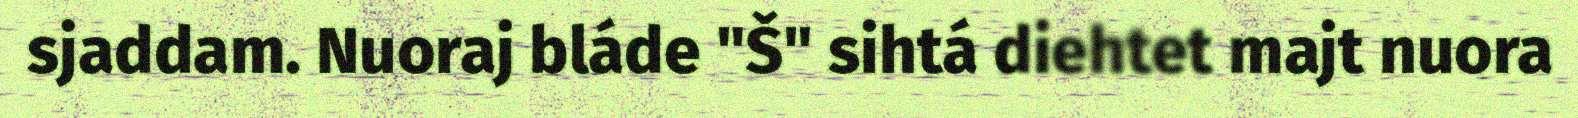
sjaddam. Nuoraj bláde "Š" sihtá diehtet majt nuora